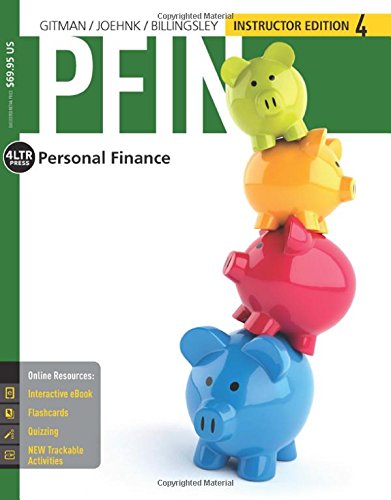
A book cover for PFIN 4 (with CourseMate, 1 term (6 months) Printed Access Card) (New, Engaging Titles from 4LTR Press); Lawrence J. Gitman; Business & Money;